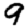
Digit: 9